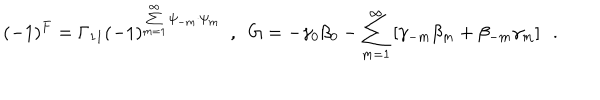
LaTeX: ( - 1 ) ^ { F } = \Gamma _ { 1 1 } ( - 1 ) ^ { \sum _ { m = 1 } ^ { \infty } \psi _ { - m } \cdot \psi _ { m } } ~ ~ , ~ ~ { G } = - \gamma _ { 0 } \beta _ { 0 } - \sum _ { m = 1 } ^ { \infty } \left[ \gamma _ { - m } \beta _ { m } + \beta _ { - m } \gamma _ { m } \right] ~ ~ .